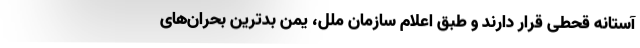
آستانه قحطی قرار دارند و طبق اعلام سازمان ملل، یمن بدترین بحران‌های